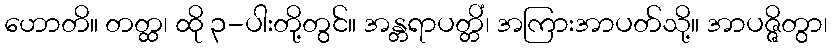
ဟောတိ။ တတ္ထ၊ ထို ၃-ပါးတို့တွင်။ အန္တရာပတ္တိံ၊ အကြားအာပတ်သို့။ အာပဇ္ဇိတွာ၊